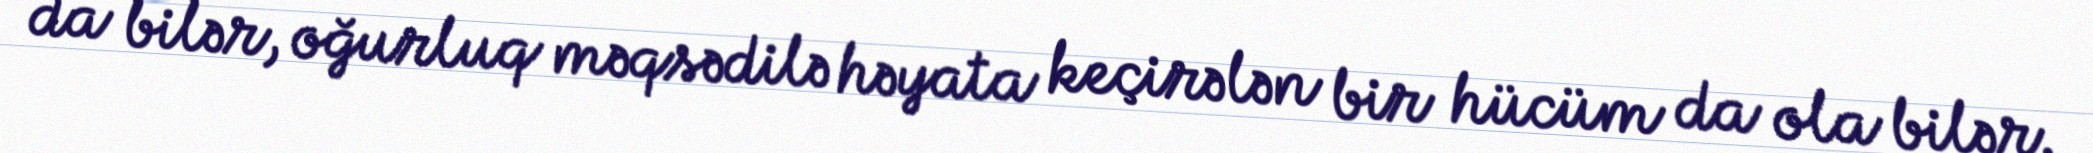
da bilər, oğurluq məqsədilə həyata keçirələn bir hücüm da ola bilər.